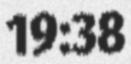
19:38